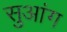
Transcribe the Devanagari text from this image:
सुआंग